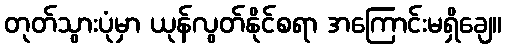
တုတ်သွားပုံမှာ ယုန်လွတ်နိုင်စရာ အကြောင်းမရှိချေ။